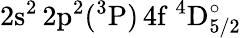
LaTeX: \mathrm{2s^{2}\, 2p^{2}(^{3}P)\, 4f~^{4}D_{5/2}^{\circ}}